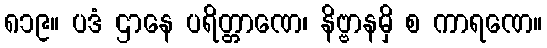
၈၁၉။ ပဒံ ဌာနေ ပရိတ္တာဏေ၊ နိဗ္ဗာနမှိ စ ကာရဏေ။